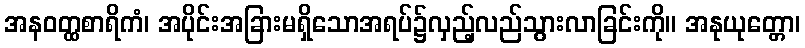
အနဝတ္ထစာရိကံ၊ အပိုင်းအခြားမရှိသောအရပ်၌လှည့်လည်သွားလာခြင်းကို။ အနုယုတ္တော၊